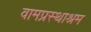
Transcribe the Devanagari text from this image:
वामप्रस्थाश्रम